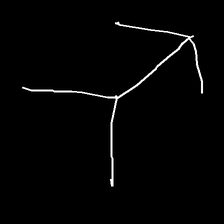
Glyph: gather